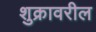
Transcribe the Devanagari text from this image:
शुक्रावरील